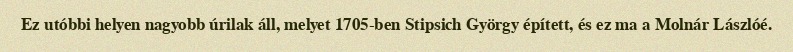
Ez utóbbi helyen nagyobb úrilak áll, melyet 1705-ben Stipsich György épített, és ez ma a Molnár Lászlóé.